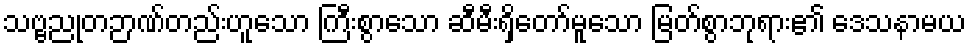
သဗ္ဗညုတဉာဏ်တည်းဟူသော ကြီးစွာသော ဆီမီးရှိတော်မူသော မြတ်စွာဘုရား၏ ဒေသနာမယ